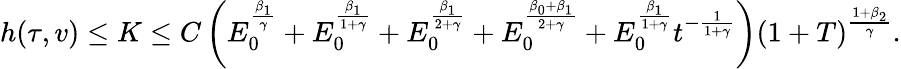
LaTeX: h(\tau,v)\le K\le C\left(E_{0}^{\frac{\beta_{1}}{\gamma}}+E_{0}^{\frac{\beta_{1}}{1+\gamma}}+E_{0}^{\frac{\beta_{1}}{2+\gamma}}+E_{0}^{\frac{\beta_{0}+\beta_{1}}{2+\gamma}}+E_{0}^{\frac{\beta_{1}}{1+\gamma}}t^{-\frac{1}{1+\gamma}}\right)\left(1+T\right)^{\frac{1+\beta_{2}}{\gamma}}.